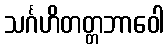
သင်္ဂဟိတတ္တဘာဝေါ